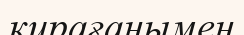
қирағанымен